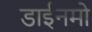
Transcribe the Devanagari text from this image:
डाईनमो